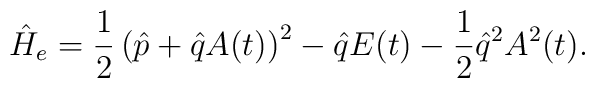
\hat{H}_e=\frac{1}{2}\left(\hat{p}+\hat{q}A(t)\right)^2-\hat{q}E(t)-\frac{1}{2}\hat{q}^2A^2(t).